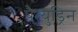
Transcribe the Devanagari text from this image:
पैत्युड्रिन